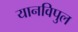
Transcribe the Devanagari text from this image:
यानविपुल